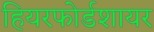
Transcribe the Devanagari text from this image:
हियरफोर्डशायर